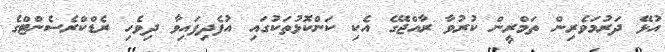
އުޅޭ ދަރުމަވެރިން ތަމްރީން ކުރުވާ ރާއްޖޭގެ އެކި ކަންކޮޅުތަކުގައި އުފެދިފައިވާ ދިވެހި ރެޑްކްރެސެންޓްގެ